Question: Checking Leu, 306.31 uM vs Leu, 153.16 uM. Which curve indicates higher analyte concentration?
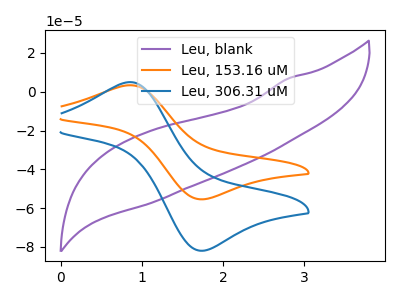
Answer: <think>The purple curve "Leu, blank" has no peaks. The orange curve "Leu, 153.16 uM" has an anodic peak at (0.85V, 3.35uA) and a cathodic peak at (1.75V, -55.45uA). The blue curve "Leu, 306.31 uM" has an anodic peak at (0.85V, 4.95uA) and a cathodic peak at (1.75V, -82.00uA).
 All the peaks in "Leu, 306.31 uM" have a peak in "Leu, 153.16 uM" at the same potential. Every peak in "Leu, 306.31 uM" is higher than every peak in "Leu, 153.16 uM".</think>
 <answer>"Leu, 306.31 uM" has more signal than "Leu, 153.16 uM" and so likely has a higher concentration.</answer>
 <eval>more_concentration</eval>